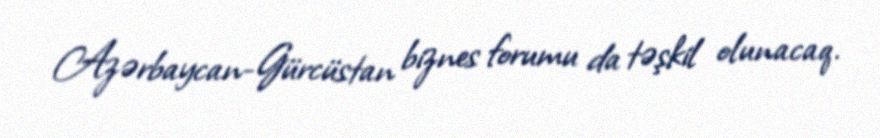
Azərbaycan-Gürcüstan biznes forumu da təşkil olunacaq.